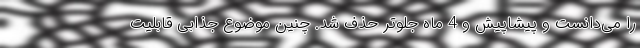
را می‌دانست و پیشاپیش و 4 ماه جلوتر حذف شد. چنین موضوع جذابی قابلیت